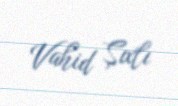
Vahid Şıxlı